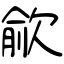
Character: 歈